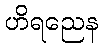
ဟိရညေန